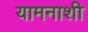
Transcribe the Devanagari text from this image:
यामनाशी